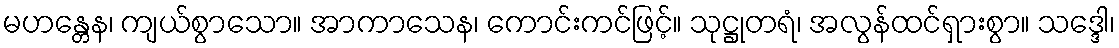
မဟန္တေန၊ ကျယ်စွာသော။ အာကာသေန၊ ကောင်းကင်ဖြင့်။ သုဋ္ဌုတရံ၊ အလွန်ထင်ရှားစွာ။ သဒ္ဒေါ၊